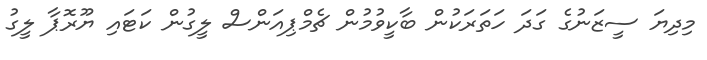
މިދިޔަ ސީޒަނުގެ ގަދަ ހަތަރަކުން ބާކީވުމުން ޗެމްޕިއަންސް ލީގުން ކަޓައި ޔޫރޮޕާ ލީގު